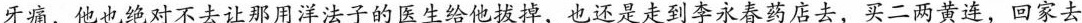
牙痛，他也绝对的不去让那用洋法子的医生给他拔掉，也还是走到李永春药店去，买二两黄连，回家去